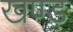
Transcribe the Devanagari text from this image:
खण्ड़